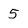
Character: 5